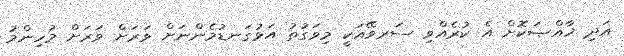
އަދި ޚާއްޞަކޮށް އެ ކުރެއްވި ސަރވޭއަކީ މިވަގުތު އަޅުގަނޑުމެންނަށް ވަރަށް ވަރަށް މުހިންމު